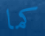
كما